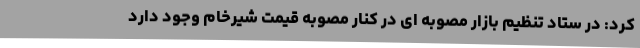
کرد: در ستاد تنظیم بازار مصوبه ای در کنار مصوبه قیمت شیرخام وجود دارد